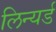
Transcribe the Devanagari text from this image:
लिन्यर्ड